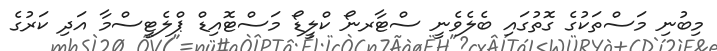
މިބުނި މަސްތަކުގެ ގޮތުގައި ބެލެވެނީ ސްޓާރނޯ ކްލީޑޯ މަސްޓޮއިޑް ޕްލެޓީސްމާ އަދި ކަރުގެ